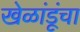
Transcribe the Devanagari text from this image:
खेळांडूंचा